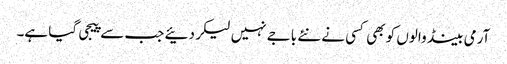
آرمی بینڈ والوں کو بھی کسی نے نئے باجے نہیں لیکر دئیے جب سے پیجی گیا ہے۔